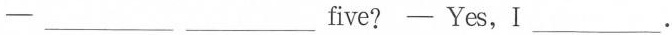
-___ ___five? - Yes,I___.